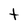
Character: t